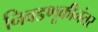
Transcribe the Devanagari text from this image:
निवडणूकीनंतर